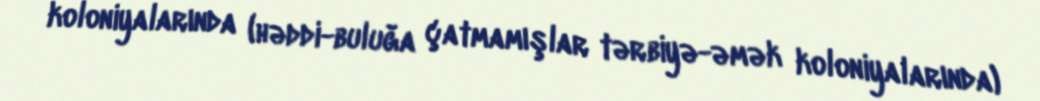
koloniyalarında (həddi-buluğa çatmamışlar tərbiyə-əmək koloniyalarında)